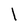
Character: l